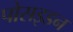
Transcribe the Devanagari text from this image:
पोसइडन